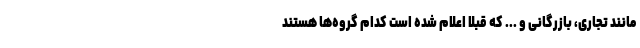
مانند تجاری، بازرگانی و ... که قبلا اعلام شده است کدام گروه‌ها هستند